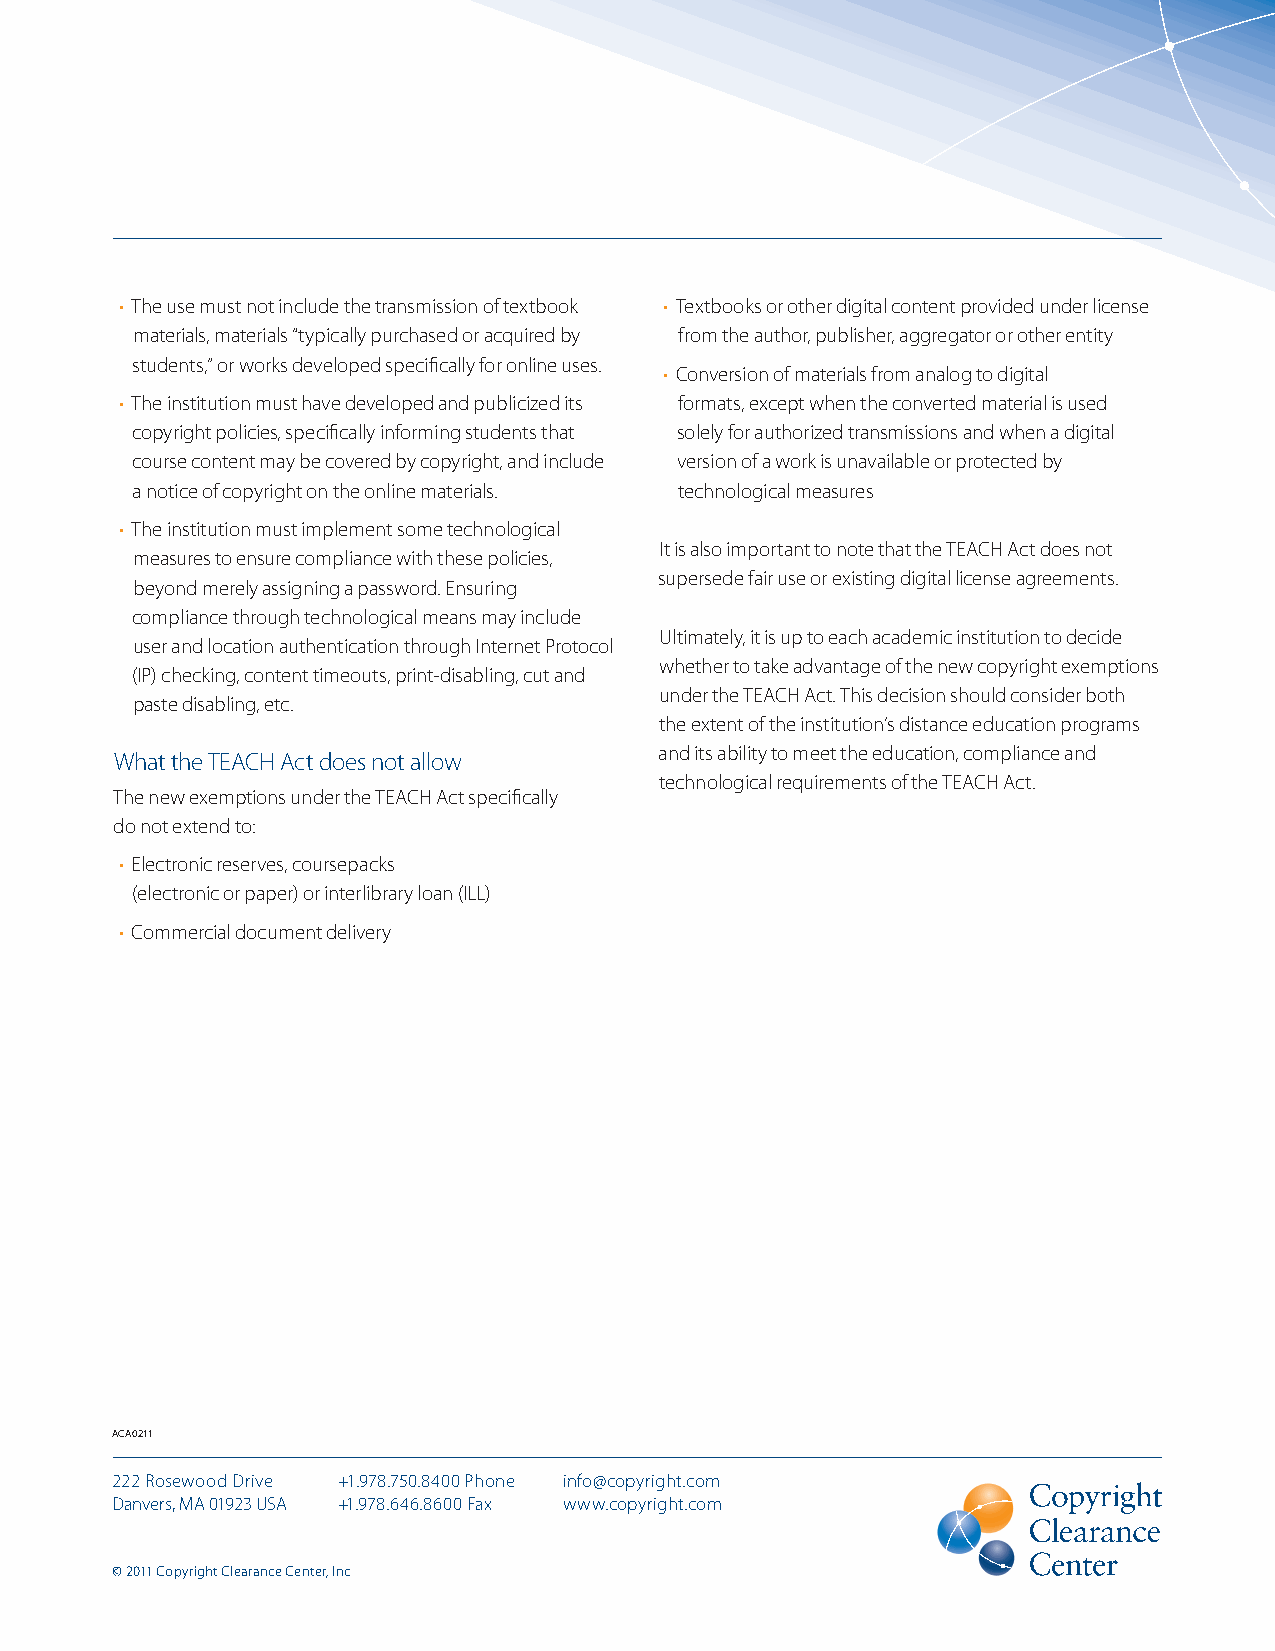
• The use must not include the transmission of textbook • Textbooks or other digital content provided under license
 materials, materials “typically purchased or acquired by from the author, publisher, aggregator or other entity
 students,” or works developed specifically for online uses.
 • Conversion of materials from analog to digital
 • The institution must have developed and publicized its formats, except when the converted material is used
 copyright policies, specifically informing students that solely for authorized transmissions and when a digital
 course content may be covered by copyright, and include version of a work is unavailable or protected by
 a notice of copyright on the online materials. technological measures
 • The institution must implement some technological
 It is also important to note that the TEACH Act does not
 measures to ensure compliance with these policies,
 supersede fair use or existing digital license agreements.
 beyond merely assigning a password. Ensuring
 compliance through technological means may include
 Ultimately, it is up to each academic institution to decide
 user and location authentication through Internet Protocol
 whether to take advantage of the new copyright exemptions
 (IP) checking, content timeouts, print-disabling, cut and
 under the TEACH Act. This decision should consider both
 paste disabling, etc.
 the extent of the institution’s distance education programs
 What the TEACH Act does not allow   and its ability to meet the education, compliance and
 technological requirements of the TEACH Act.
 The new exemptions under the TEACH Act specifically
 do not extend to:
 • Electronic reserves, coursepacks
 (electronic or paper) or interlibrary loan (ILL)
 • Commercial document delivery
 ACA0211
 222 Rosewood Drive +1.978.750.8400 Phone info@copyright.com
 Danvers, MA 01923 USA +1.978.646.8600 Fax www.copyright.com
 © 2011 Copyright Clearance Center, Inc